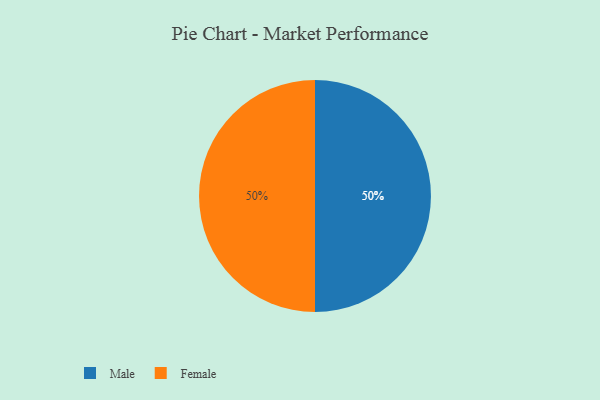
{"axis": {"x": "Category", "y": "Percentage"}, "legend": ["Female", "Male"], "data": [{"x": "Male", "y": 50, "type": "Male"}, {"x": "Female", "y": 50, "type": "Female"}]}